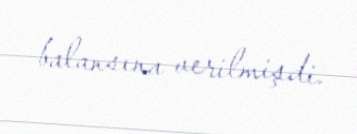
balansına verilmişdi.